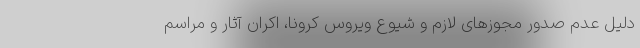
دلیل عدم صدور مجوزهای لازم و شیوع ویروس کرونا، اکران آثار و مراسم